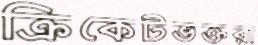
ক্রিকেটভক্তরা